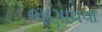
ભણાવવા